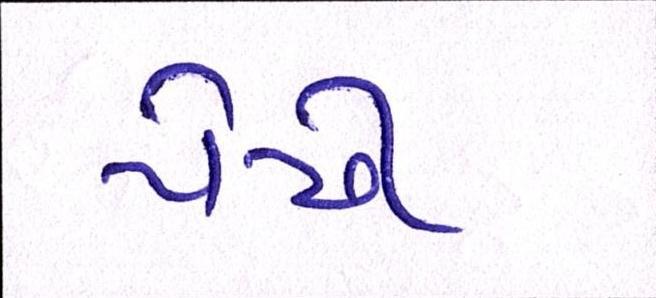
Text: પેઢી